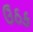
ઉઠક